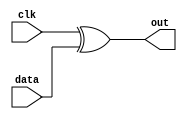
`timescale 1ns / 1ps

module manchester_encoder(
    input clk,
    input data,
    output reg out
    );
    
    wire hi;
    assign hi = clk;       //vivado does not allow the use of the clock as a variable
    always @(clk)
    out <= hi ^ data;
    
endmodule